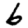
Digit: 6